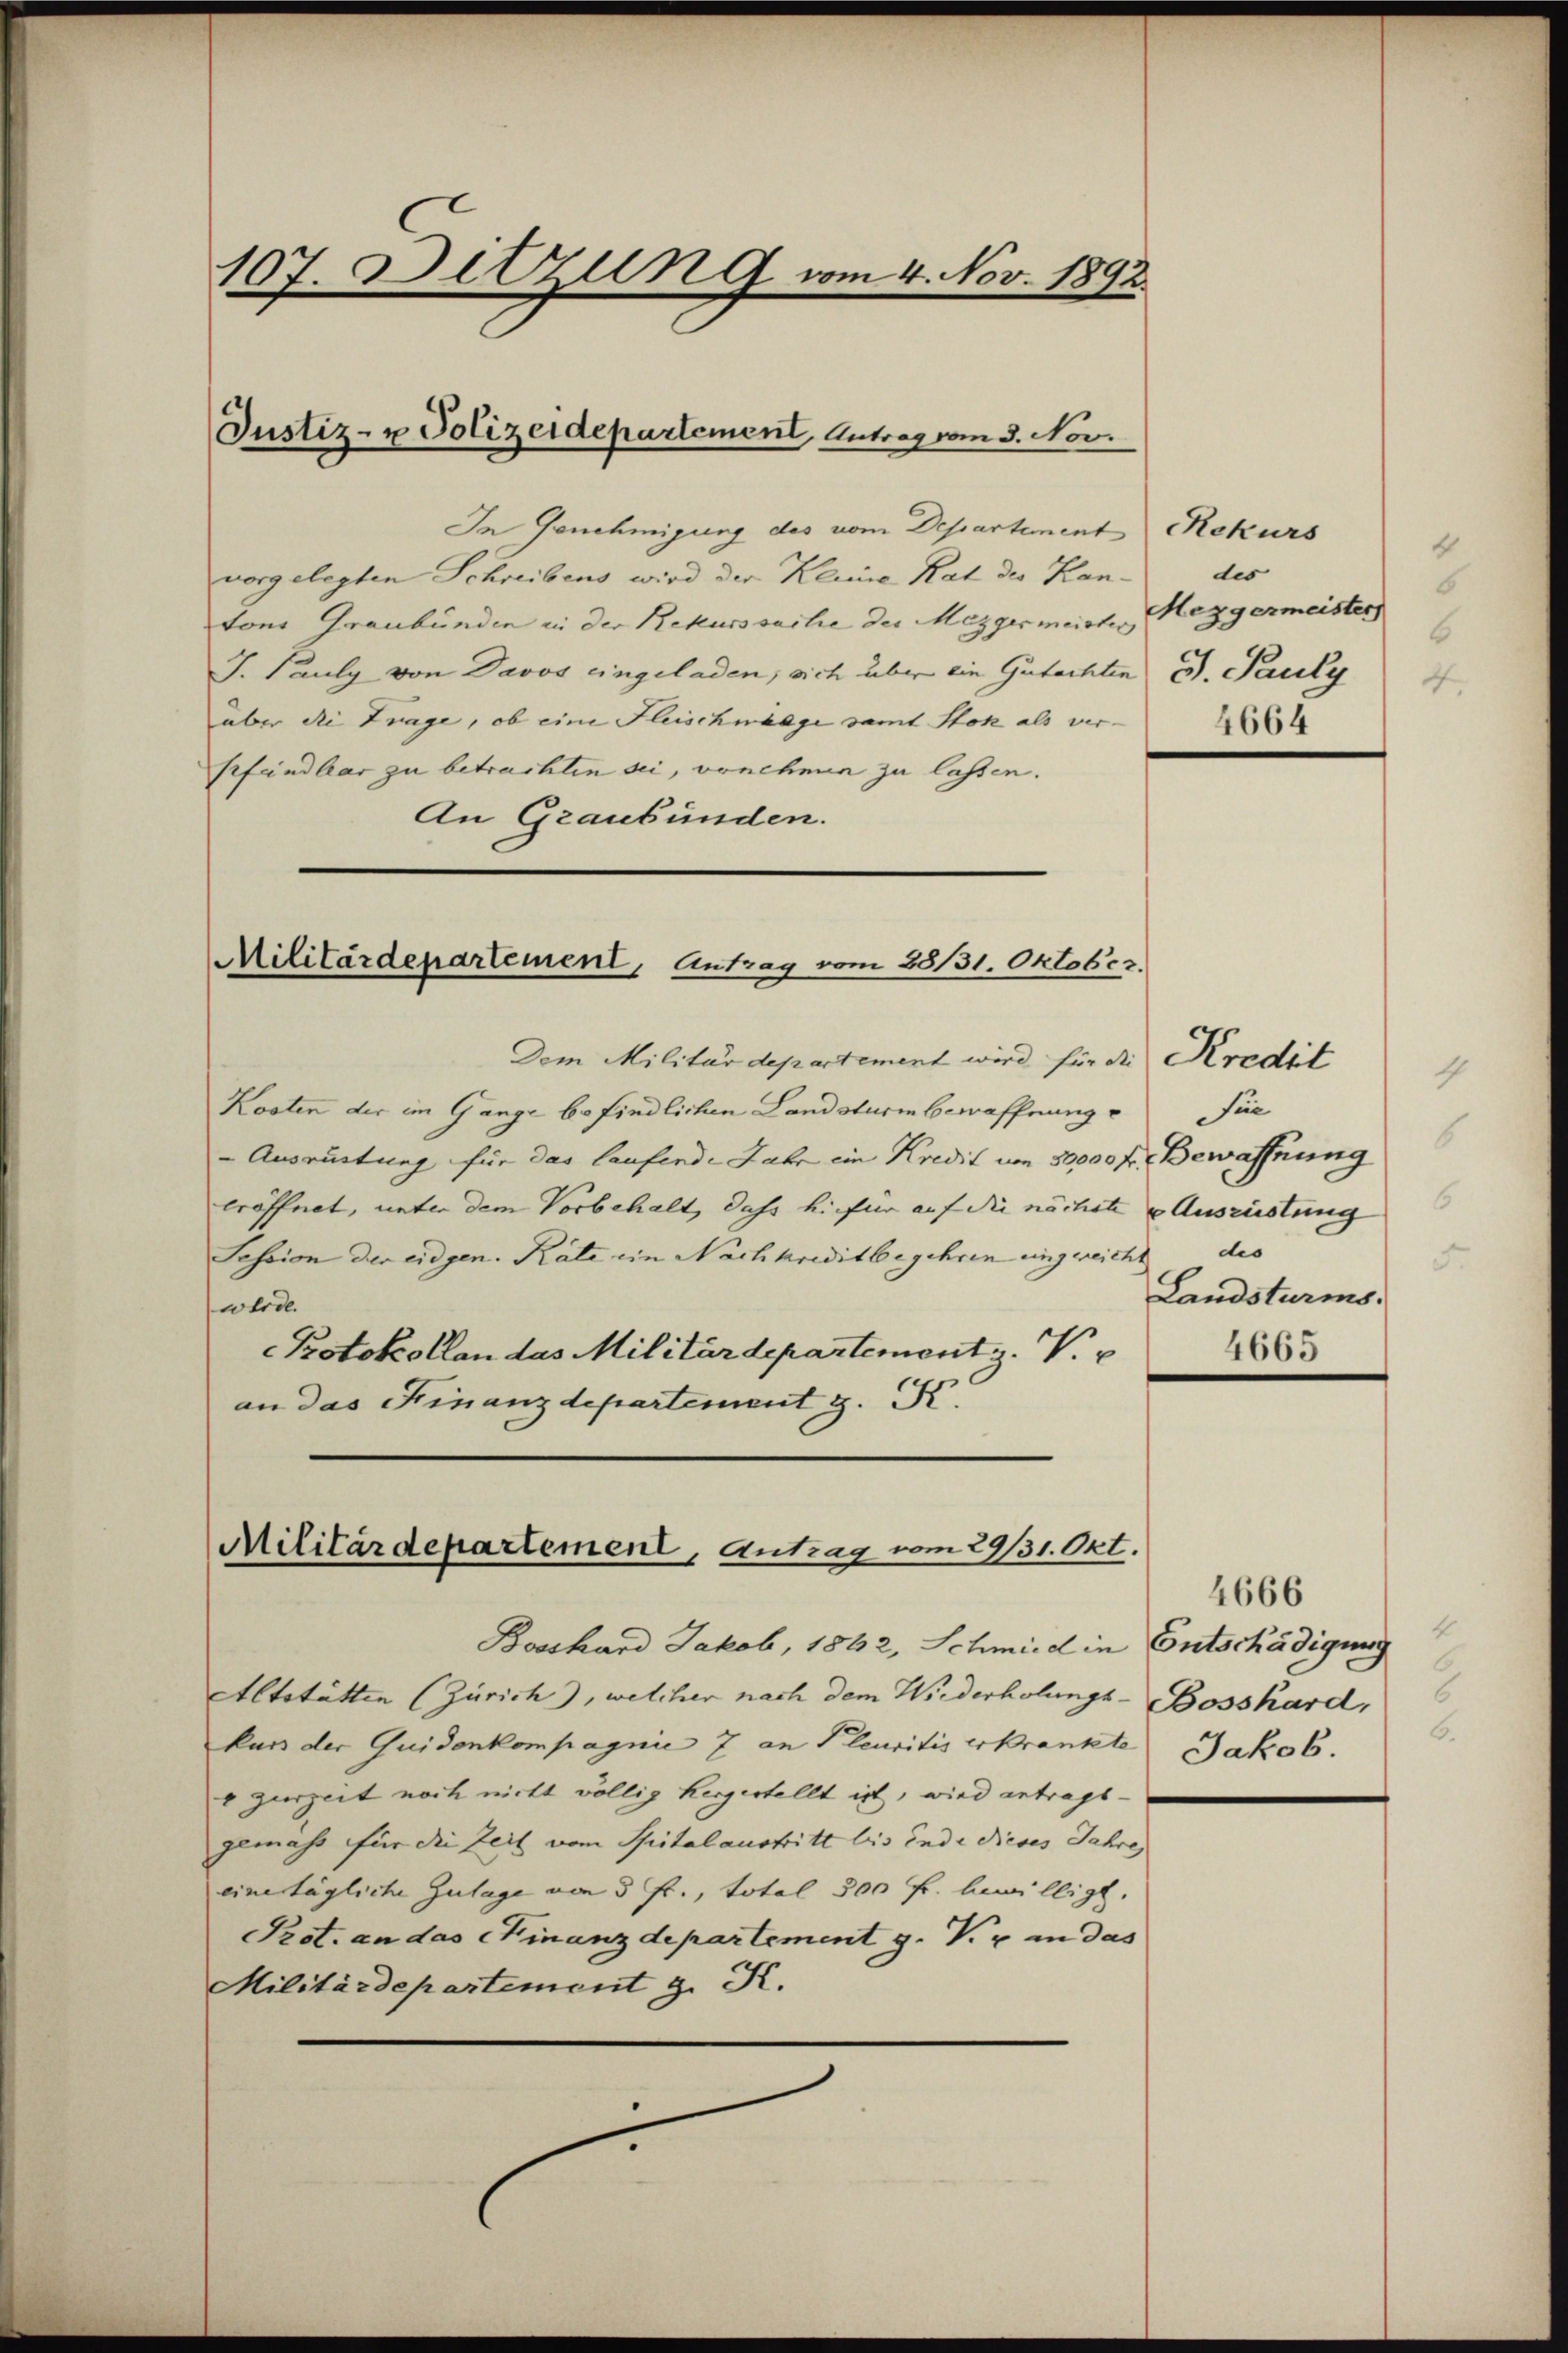
107. Ditzung vom 4. Nov. 1892.

Justiz- u Polizeidepartement, Antrag vom 3. Nov.

vorgelegten Schreibens wird der Klinie Rat des Kantons Graubünden in der Rekurssache der Mezgermeistes
J. Pauly von Davos eingeladen, sich über ein Gutachten u. Pauly
über die Trage, ob eine Fleischmänge samt Stok als ver-
pfendbar zu betrachten sei, vonehmen zu lassen.
An Graubünden.

Militärdepartement, Antrag vom 28/131. Oktober.

In Genehmigung des vom Departement Rekurs

Kosten der im Gange befindlichen Landsturm bewaffnung fie
Ausrüstung für das laufende Jahr ein Kredit um 50000 fr. Bewaffnung
eröffnet, unter dem Vorbehalt, dass hiefür auf die nächste u. Ausrüstung
Session den eidgen. Räte ein Nachkreditbegehren eingereicht des
werde.
Protokollan das Militärdepartement z. V.
an das Finanzdepartement z. K.

Militärdepartement, Antrag vom 29/31. Okt.

Bossard Jakob, 1892, Schmied in Entschädigung
Altstätten (Zürich), welcher nach dem Wiederholungs- Bossard,
kan der Quidonkompagnie 7 an Pleuritis erkrankte
v Gerzeit noch nicht völlig hergestellt ist, wird antrags-
gemass für die Zeit vom Spitalaustritt bis Ende dieses Jahre
eine tägliche Zulage von 5 fr., total 300 fr. bewilligt.
Prot. an das Kinanzdepartement g. V. u in das
Militärdepartement z. K.

Dem Militärdepartement wird für die Kredit

8
des
.
Mezgermeister
B
4
4664

Landsturms.

4665

4666
4
6
Jakob.